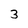
Character: 3